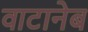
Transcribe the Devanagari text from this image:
वाटानेब